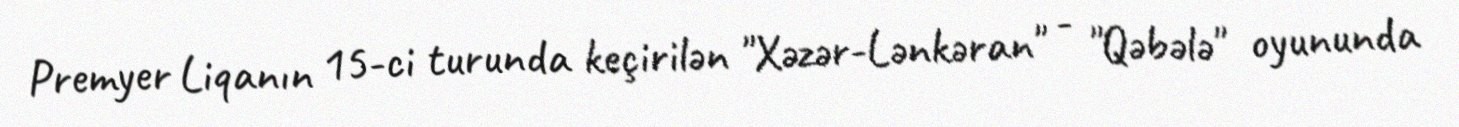
Premyer Liqanın 15-ci turunda keçirilən "Xəzər-Lənkəran" - "Qəbələ" oyununda